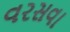
વરસવા